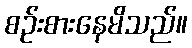
စဉ်းစားနေမိသည်။